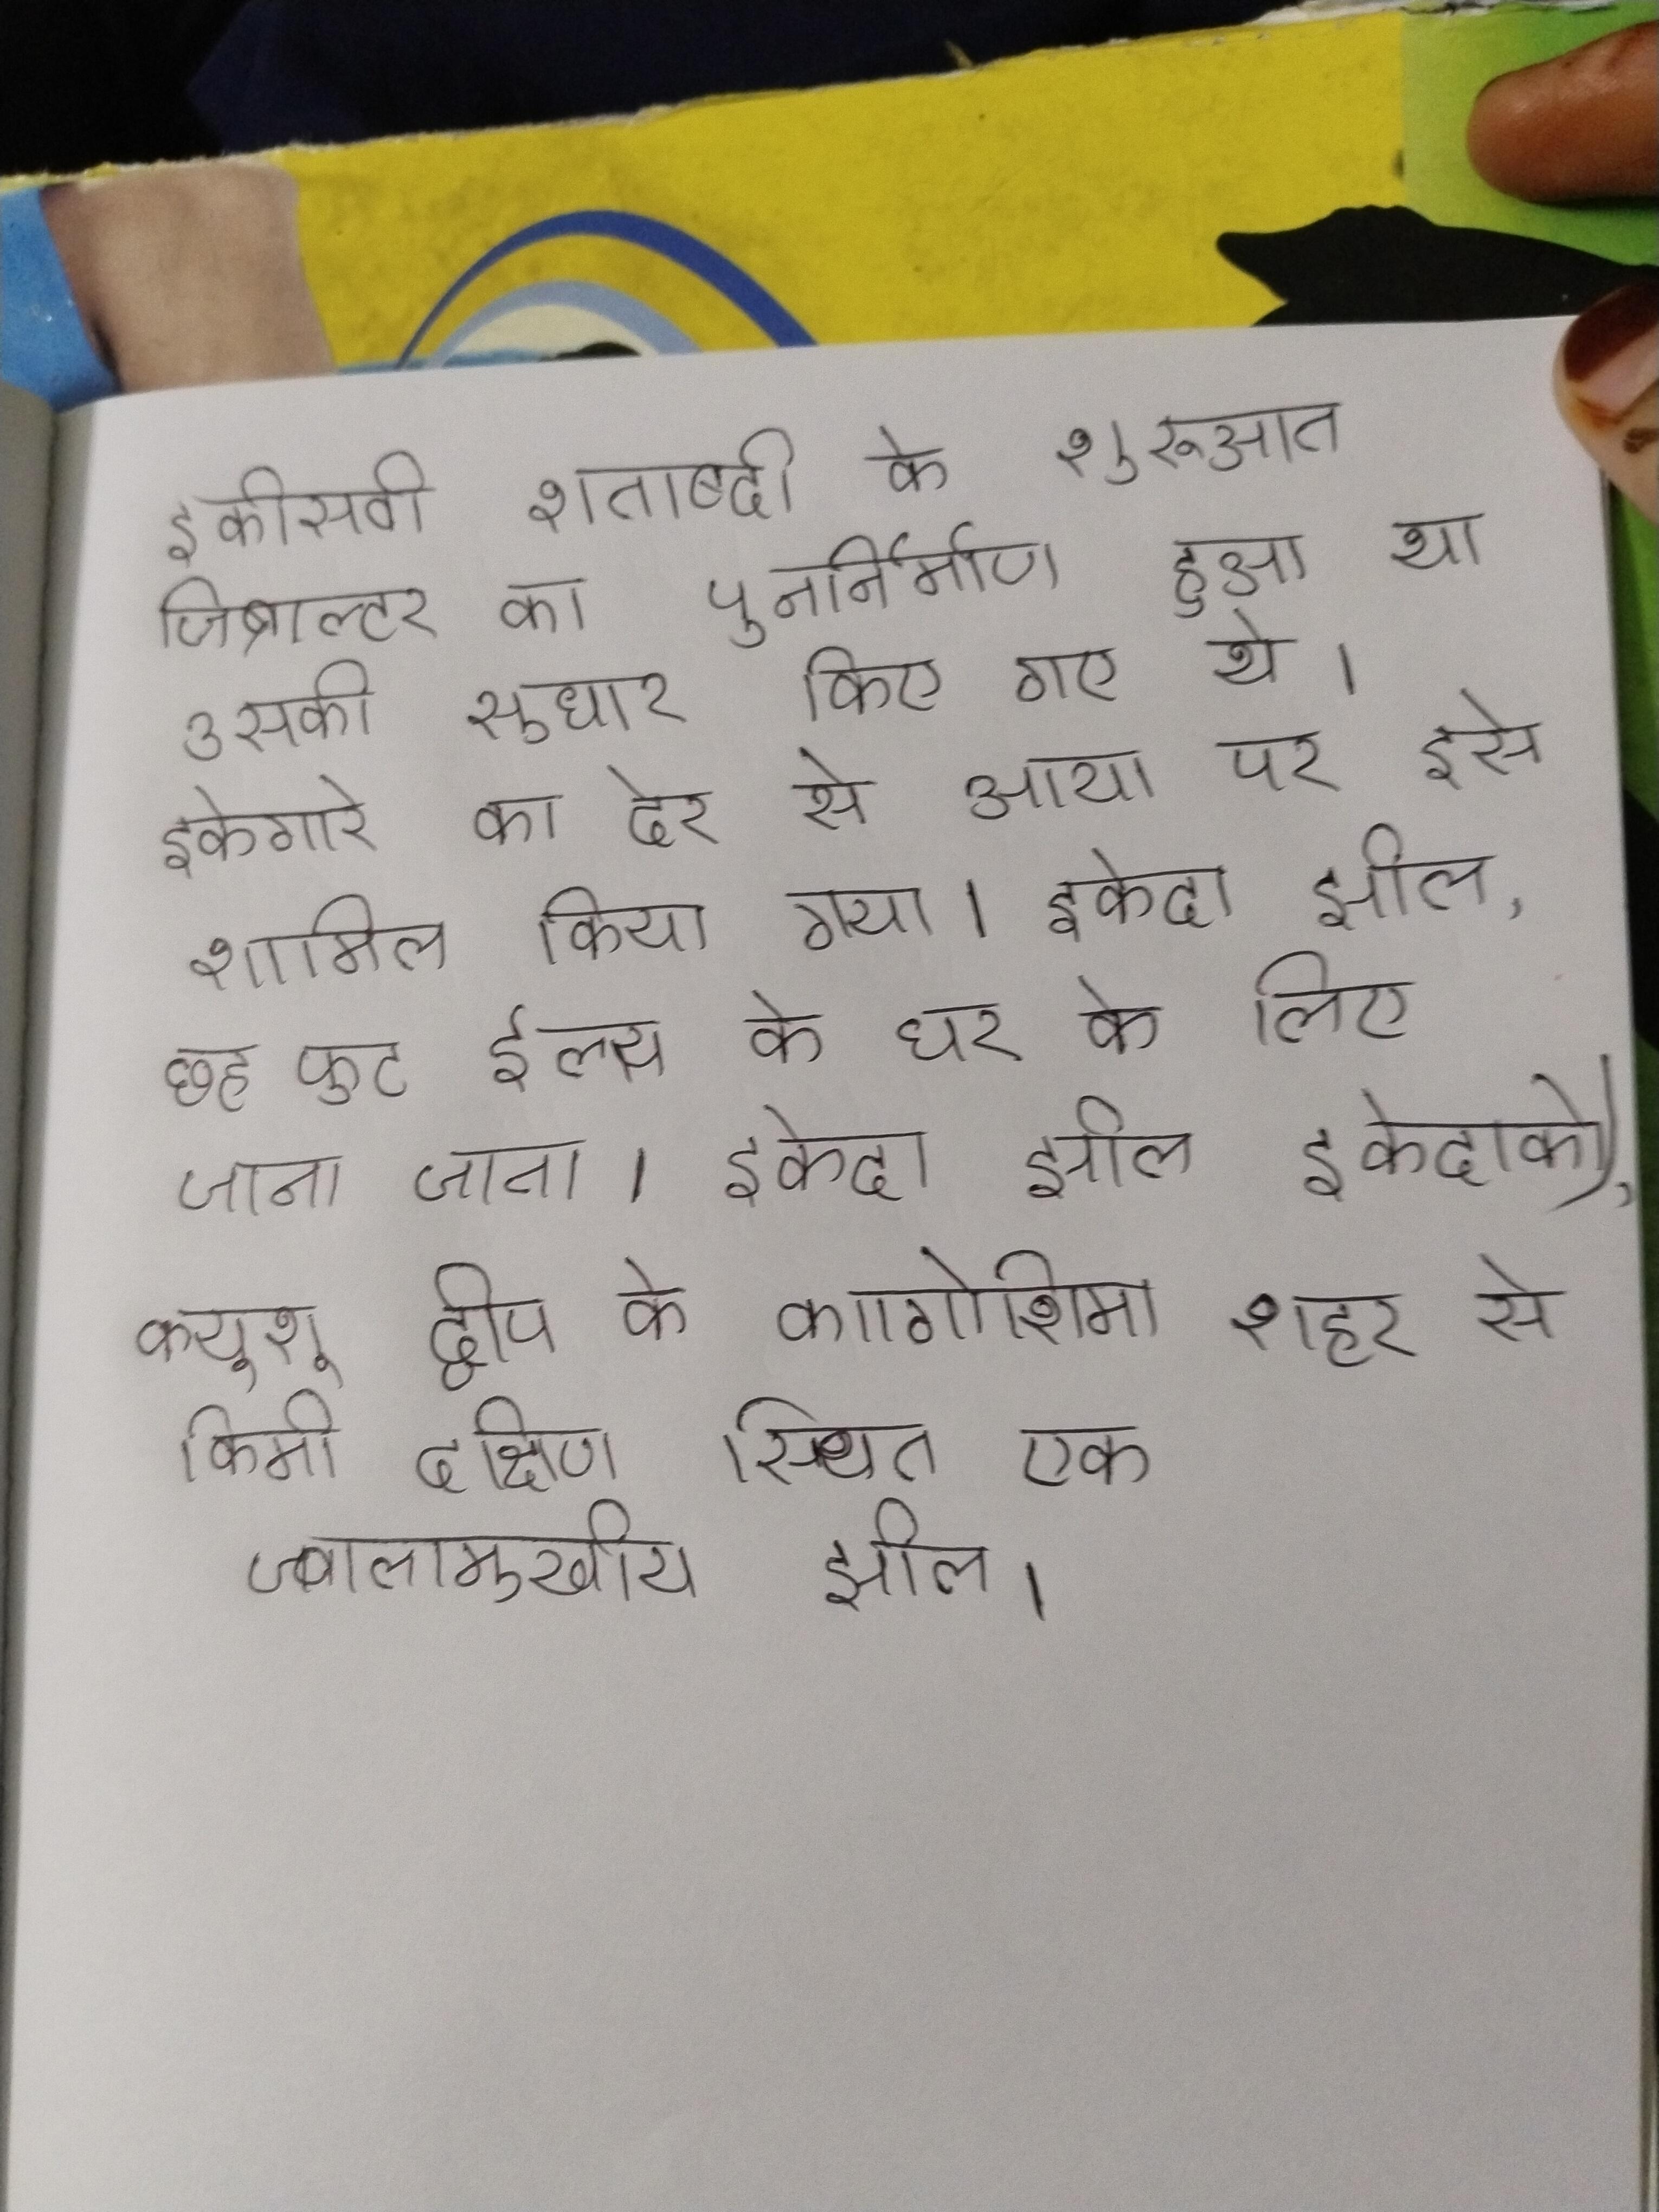
इकीसवी शताब्दी के शुरुआत जिब्राल्टर का पुनर्निर्माण हुआ था उसकी सुधार किए गए थे । इकेगारे का देर से आया पर इसे शामिल किया गया । इकेदा झील, छह फुट ईल्स के घर के लिए जाना जाता । इकेदा झील इकेदा-को), क्यूशू द्वीप के कागोशिमा शहर से किमी दक्षिण स्थित एक ज्वालामुखीय झील ।